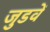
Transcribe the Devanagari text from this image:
जुडवें